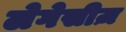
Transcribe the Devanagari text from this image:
लेगेसीज़